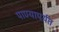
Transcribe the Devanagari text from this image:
पाण्यापर्यंत